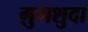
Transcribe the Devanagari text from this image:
ग़ुमशुदा